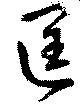
匡